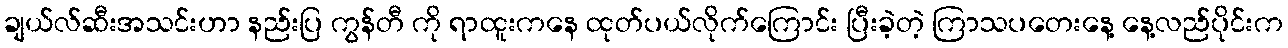
ချယ်လ်ဆီးအသင်းဟာ နည်းပြ ကွန်တီ ကို ရာထူးကနေ ထုတ်ပယ်လိုက်ကြောင်း ပြီးခဲ့တဲ့ ကြာသပတေးနေ့ နေ့လည်ပိုင်းက